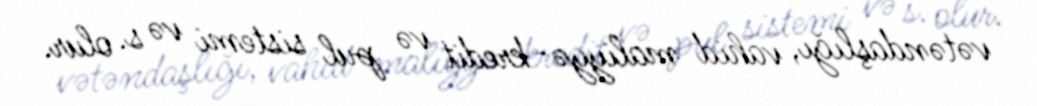
vətəndaşlığı, vahid maliyyə-kredit və pul sistemi və s. olur.